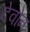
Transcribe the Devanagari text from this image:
देवोन